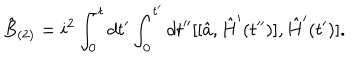
LaTeX: \hat { B } _ { ( 2 ) } = i ^ { 2 } \int _ { 0 } ^ { t } d t ^ { \prime } \int _ { 0 } ^ { t ^ { \prime } } d t ^ { \prime \prime } [ [ \hat { a } , \hat { H } ^ { \prime } ( t ^ { \prime \prime } ) ] , \hat { H } ^ { \prime } ( t ^ { \prime } ) ] .